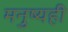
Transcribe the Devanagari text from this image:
मनुष्यही